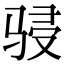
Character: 骎